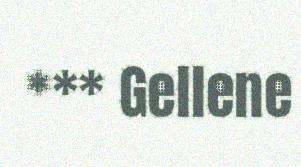
*** Gellene